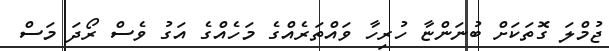
ޖުމްލަ ގޮތަކަށް ބުނަންޏާ ހުރިހާ ވައްތަރެއްގެ މަހެއްގެ އަގު ވެސް ރޯދަ މަސް